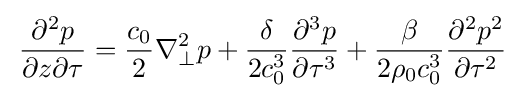
\,{\frac {\partial ^{2}p}{\partial z\partial \tau }}={\frac {c_{0}}{2}}\nabla _{\perp }^{2}p+{\frac {\delta }{2c_{0}^{3}}}{\frac {\partial ^{3}p}{\partial \tau ^{3}}}+{\frac {\beta }{2\rho _{0}c_{0}^{3}}}{\frac {\partial ^{2}p^{2}}{\partial \tau ^{2}}}